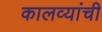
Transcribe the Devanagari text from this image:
कालव्यांची